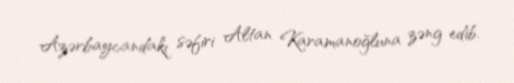
Azərbaycandakı səfiri Altan Karamanoğluna zəng edib.